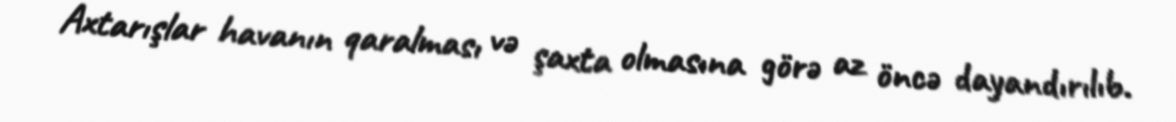
Axtarışlar havanın qaralması və şaxta olmasına görə az öncə dayandırılıb.